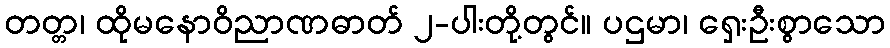
တတ္တ၊ ထိုမနောဝိညာဏဓာတ် ၂-ပါးတို့တွင်။ ပဌမာ၊ ရှေးဦးစွာသော